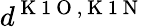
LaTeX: d^{\mathrm{~K~1~O~},\mathrm{~K~1~N~}}